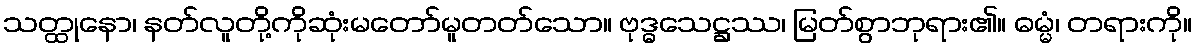
သတ္ထုနော၊ နတ်လူတို့ကိုဆုံးမတော်မူတတ်သော။ ဗုဒ္ဓသေဋ္ဌဿ၊ မြတ်စွာဘုရား၏။ ဓမ္မံ၊ တရားကို။